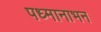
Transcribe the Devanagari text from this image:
पध्मानाभन